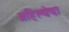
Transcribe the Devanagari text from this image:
अहिल्येचा